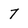
Character: 7